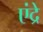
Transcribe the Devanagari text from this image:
एंद्रे